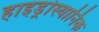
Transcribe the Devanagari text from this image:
हाइड्रोस्यानिक